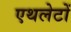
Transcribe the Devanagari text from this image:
एथलेटों